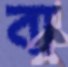
বা